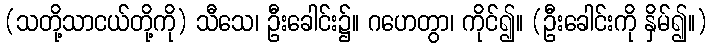
(သတို့သာငယ်တို့ကို) သီသေ၊ ဦးခေါင်း၌။ ဂဟေတွာ၊ ကိုင်၍။ (ဦးခေါင်းကို နှိမ်၍။)